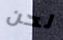
لحن